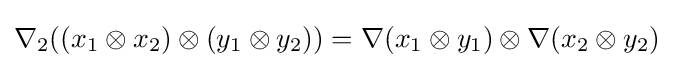
\nabla _{2}((x_{1}\otimes x_{2})\otimes (y_{1}\otimes y_{2}))=\nabla (x_{1}\otimes y_{1})\otimes \nabla (x_{2}\otimes y_{2})